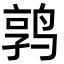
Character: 鹑